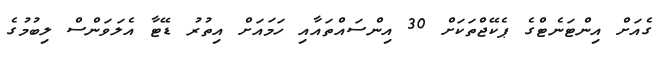
ގެއަށް އިންޓަނެޓްގެ ޕެކޭޖްތަކަށް 30 އިންސައްތައާއި ހަމައަށް އިތުރު ޑޭޓާ އެލަވަންސް ލިބުމުގެ